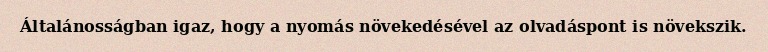
Általánosságban igaz, hogy a nyomás növekedésével az olvadáspont is növekszik.